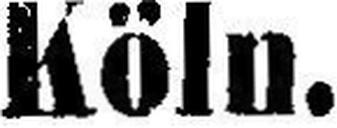
Köln.